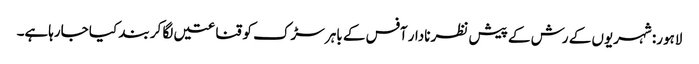
لاہور: شہریوں کے رش کے پیش نظر نادار آفس کے باہر سڑک کو قناعتیں لگا کر بند کیا جارہاہے۔